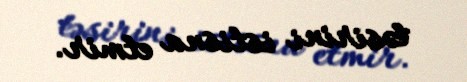
təsirini istisna etmir.